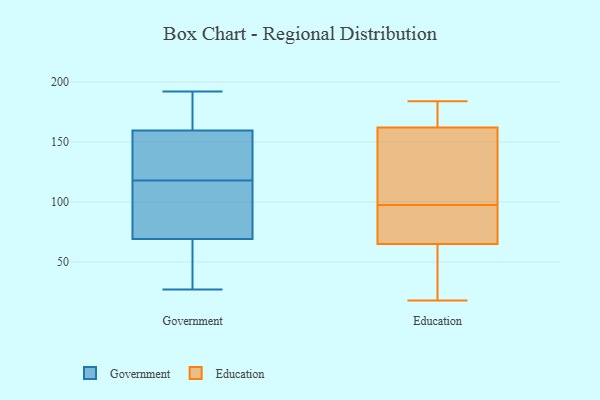
{"axis": {"x": "Production Output", "y": "Value"}, "legend": ["Education", "Government"], "data": [{"x": "", "y": 73, "type": "Government"}, {"x": "", "y": 177, "type": "Government"}, {"x": "", "y": 161, "type": "Government"}, {"x": "", "y": 118, "type": "Government"}, {"x": "", "y": 155, "type": "Government"}, {"x": "", "y": 186, "type": "Government"}, {"x": "", "y": 104, "type": "Government"}, {"x": "", "y": 138, "type": "Government"}, {"x": "", "y": 27, "type": "Government"}, {"x": "", "y": 192, "type": "Government"}, {"x": "", "y": 35, "type": "Government"}, {"x": "", "y": 96, "type": "Government"}, {"x": "", "y": 152, "type": "Government"}, {"x": "", "y": 68, "type": "Government"}, {"x": "", "y": 78, "type": "Government"}, {"x": "", "y": 171, "type": "Government"}, {"x": "", "y": 63, "type": "Government"}, {"x": "", "y": 129, "type": "Government"}, {"x": "", "y": 44, "type": "Government"}, {"x": "", "y": 152, "type": "Education"}, {"x": "", "y": 65, "type": "Education"}, {"x": "", "y": 104, "type": "Education"}, {"x": "", "y": 91, "type": "Education"}, {"x": "", "y": 177, "type": "Education"}, {"x": "", "y": 78, "type": "Education"}, {"x": "", "y": 51, "type": "Education"}, {"x": "", "y": 184, "type": "Education"}, {"x": "", "y": 18, "type": "Education"}, {"x": "", "y": 162, "type": "Education"}]}